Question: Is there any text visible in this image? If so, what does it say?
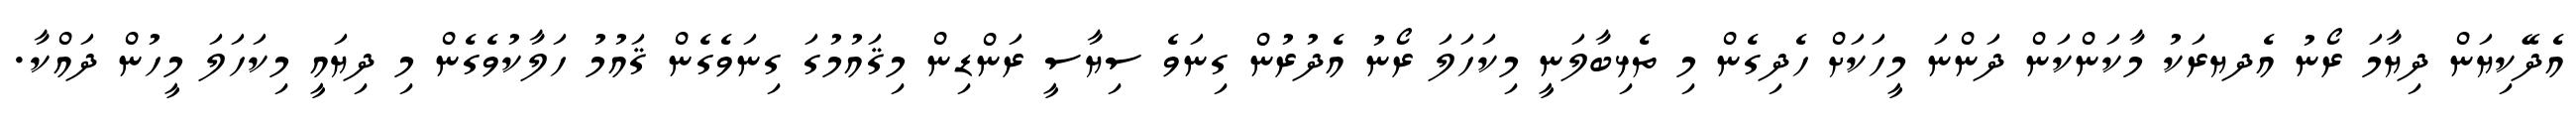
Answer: އެދޭކިޔަން ދިޔާމަ ރޯނު އެދޔރަކު މާކަންކަން ދަންނަ މީހަކަށް ހެދިގެން މި ތެޅިބާލަނީ މިކަހަލަ ރޯނު އެދުރުން ގިނަވެ ސިޔާސީ ރަންޑިން މިޤައުމުގަ ގިނަވެގެން ޤައުމު ހަލާކުވެގެން މި ދިޔައީ މިކަހަލަ މީހުން ދައްކާ.